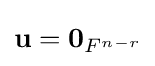
\mathbf {u} =\mathbf {0} _{{F}^{n-r}}